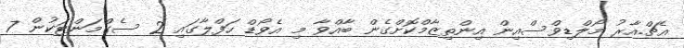
އެޗް.އާރު މޯލްޑިވްސްއިން އިންތިޒާމްކޮށްގެން ބާއްވާ މި އެވޯޑް ހަފްލާގައި 2 ސެގްމަންޓަކުން 7